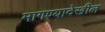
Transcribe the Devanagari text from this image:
मागण्यादेखील